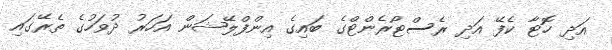
އަދި ހޮޓާ ކެފޭ އަދި ރެސްޓޯރެންޓްގެ ބައިގެ އިންފްލޭޝަން އަހަރު ދުވަހުގެ ތެރޭގައި